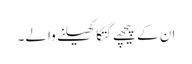
ان کے پیچھے گتکا کھیلنے والے۔